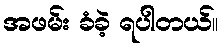
အဖမ်း ခံခဲ့ ရပါတယ်။